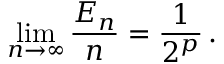
\operatorname* { l i m } _ { n \to \infty } \frac { E _ { n } } { n } = \frac { 1 } { 2 ^ { p } } \, .